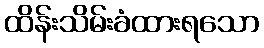
ထိန်းသိမ်းခံထားရသော